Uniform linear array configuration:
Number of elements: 64
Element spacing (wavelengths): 0.5
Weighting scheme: hamming
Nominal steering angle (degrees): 0
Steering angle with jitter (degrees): -0.5111
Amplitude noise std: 0.05
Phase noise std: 0.05

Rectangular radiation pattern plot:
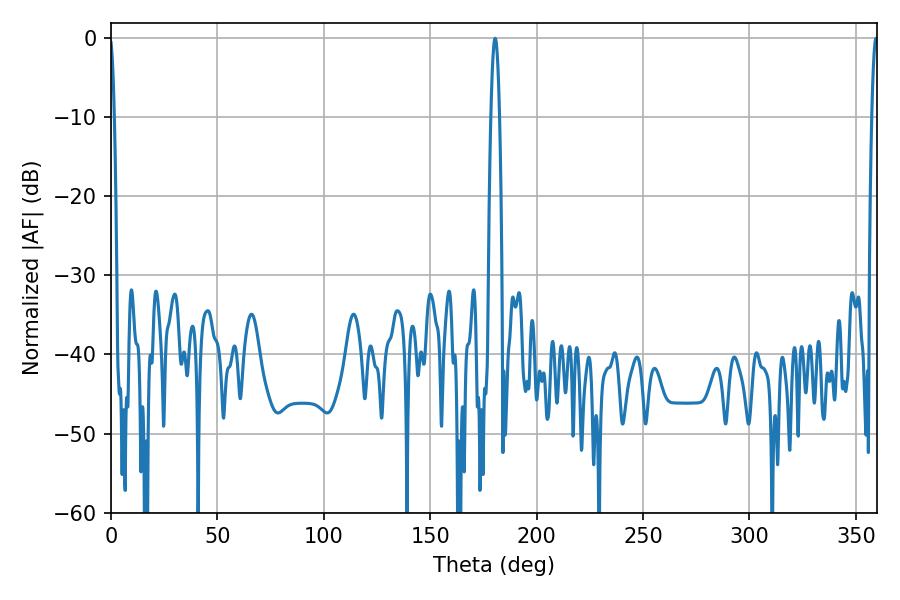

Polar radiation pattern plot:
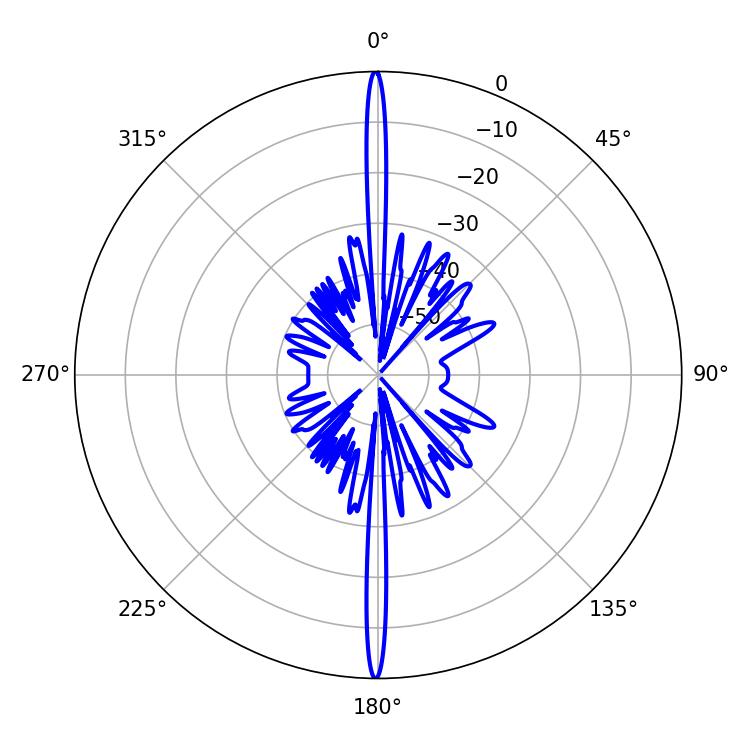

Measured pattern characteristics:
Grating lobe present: FALSE
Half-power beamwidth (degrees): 1.62
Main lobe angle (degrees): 359.46